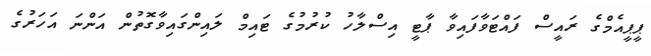
ޕީޕީއެމްގެ ރައީސް ފައްޓަވާފައިވާ ޕާޓީ އިސްލާހު ކުރުމުގެ ޓައިމް ލައިންގައިވާގޮތުން އަންނަ އަހަރުގެ